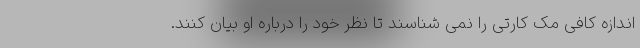
اندازه کافی مک کارتی را نمی شناسند تا نظر خود را درباره او بیان کنند.